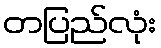
တပြည်လုံး